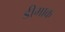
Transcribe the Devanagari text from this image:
डीमाक